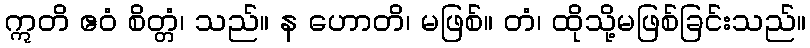
ဣတိ ဧဝံ စိတ္တံ၊ သည်။ န ဟောတိ၊ မဖြစ်။ တံ၊ ထိုသို့မဖြစ်ခြင်းသည်။